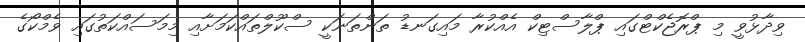
ވިދާޅުވީ މި ޕްރޮޖެކްޓްގައި ޕްލާސްޓިކް އެއްކުރާ މައިގަނޑު ތަންތަނަކީ ސްކޫލްތައްކަމަށާއި މިމަސައްކަތުގައި ވެމްކޯގެ